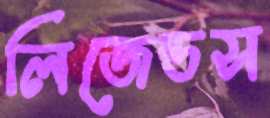
লিজেন্ডস